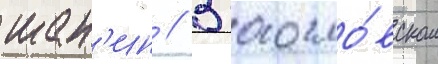
шан'ин // В богосло́вском